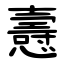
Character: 㦞